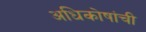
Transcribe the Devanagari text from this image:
अधिकोषांची